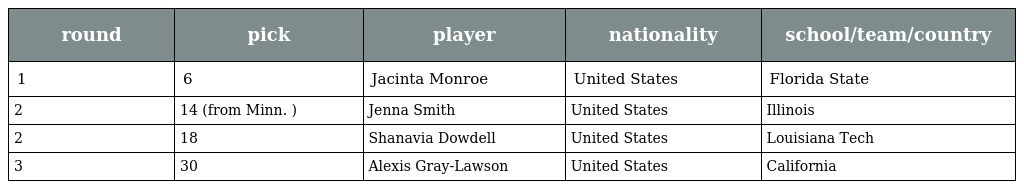
| round | pick | player | nationality | school/team/country |
 | --- | --- | --- | --- | --- |
 | 1 | 6 | Jacinta Monroe | United States | Florida State |
 | 2 | 14 (from Minn. ) | Jenna Smith | United States | Illinois |
 | 2 | 18 | Shanavia Dowdell | United States | Louisiana Tech |
 | 3 | 30 | Alexis Gray-Lawson | United States | California |